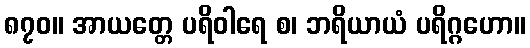
၈၇၀။ အာယတ္တေ ပရိဝါရေ စ၊ ဘရိယာယံ ပရိဂ္ဂဟော။